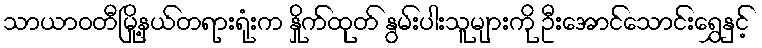
သာယာဝတီမြို့နယ်တရားရုံးက နှိုက်ထုတ် နွမ်းပါးသူများကို ဦးအောင်သောင်းရွှေနှင့်